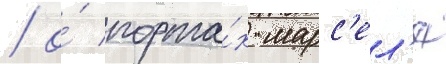
/ о́ порта́х марс'ел'я